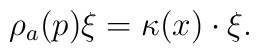
\rho_a(p)\xi =\kappa (x)\cdot\xi .